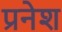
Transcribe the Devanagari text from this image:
प्रनेश